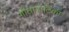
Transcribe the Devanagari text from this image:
गीतावाटिका